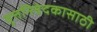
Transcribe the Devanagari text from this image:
वृत्तनिवेदकासाठी